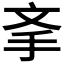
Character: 𰓉